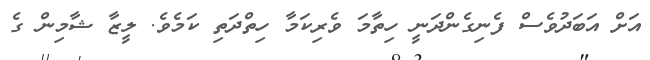
އަށް އަބަދުވެސް ފެނިގެންދަނީ ހިތާމަ ވެރިކަމާ ހިތްދަތި ކަމެވެ. ލީޒާ ޝާމިން ގެ